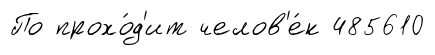
По прохо́д'ит челов'е́к 485610